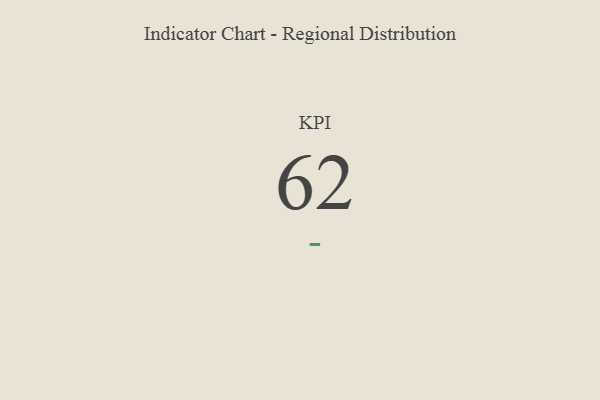
{"axis": {"x": "KPI", "y": "Value"}, "legend": [""], "data": [{"x": "KPI", "y": 62, "type": ""}]}